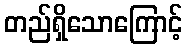
တည်ရှိသောကြောင့်